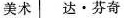
美术 达·芬奇